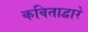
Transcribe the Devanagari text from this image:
कविताद्वारे